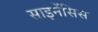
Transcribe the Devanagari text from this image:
साइनेंसिस